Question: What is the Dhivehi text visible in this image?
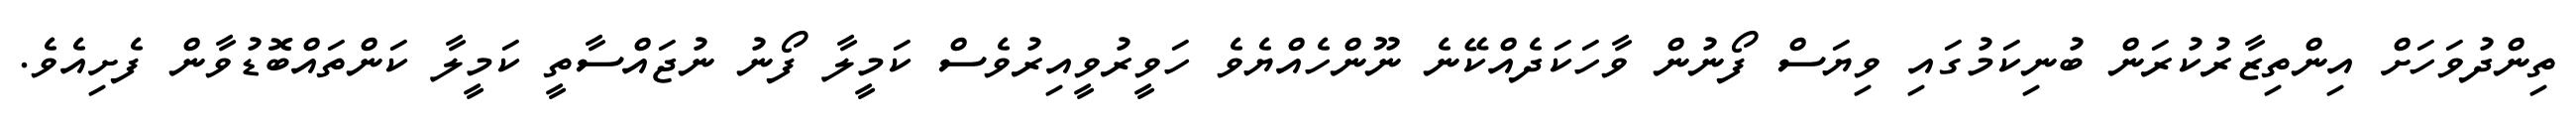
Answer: ތިންދުވަހަށް އިންތިޒާރުކުރަން ބުނިކަމުގައި ވިޔަސް ފޯނުން ވާހަކަދެއްކޭނެ ނޫންހެއްޔެވެ ހަވީރުވީއިރުވެސް ކަމީލާ ފޯނު ނުޖައްސާތީ ކަމީލާ ކަންތައްބޮޑުވާން ފެށިއެވެ.